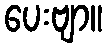
ပေးဗျာ။